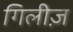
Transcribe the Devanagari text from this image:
गिलीज़